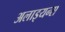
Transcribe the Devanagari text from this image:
अलाइयन्स